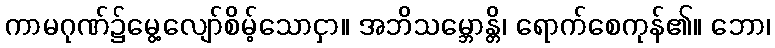
ကာမဂုဏ်၌မွေ့လျော်စိမ့်သောငှာ။ အဘိသမ္ဘောန္တိ၊ ရောက်စေကုန်၏။ ဘော၊